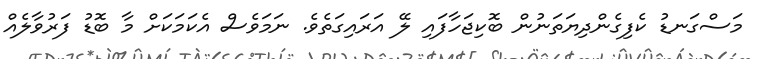
މަސްގަނޑު ކެފިގެންދިޔަތަނުން ބޮކިޖަހާފައި ލޭ އަރައިގަތެވެ. ނަމަވެސް އެކަމަކަށް މާ ބޮޑު ފަރުވާލެއް